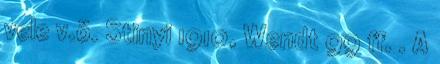
vele v.ö. Stinyi 1910, Wendt 99 ff. . A